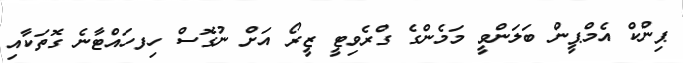
ޕިންކް އެމްޕީން ބަލަންވީ މަމެންގެ ގްރެވިޓީ ޒީރޯ އަށް ނުގޮސް ހިފހައްޓާނެ ގޮތަކާއި